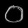
Digit: ၀